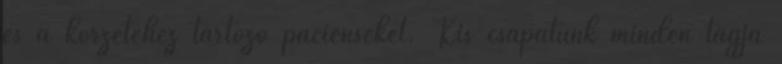
és a körzetéhez tartozó pácienseket. Kis csapatunk minden tagja